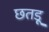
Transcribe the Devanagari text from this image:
छतड़ू